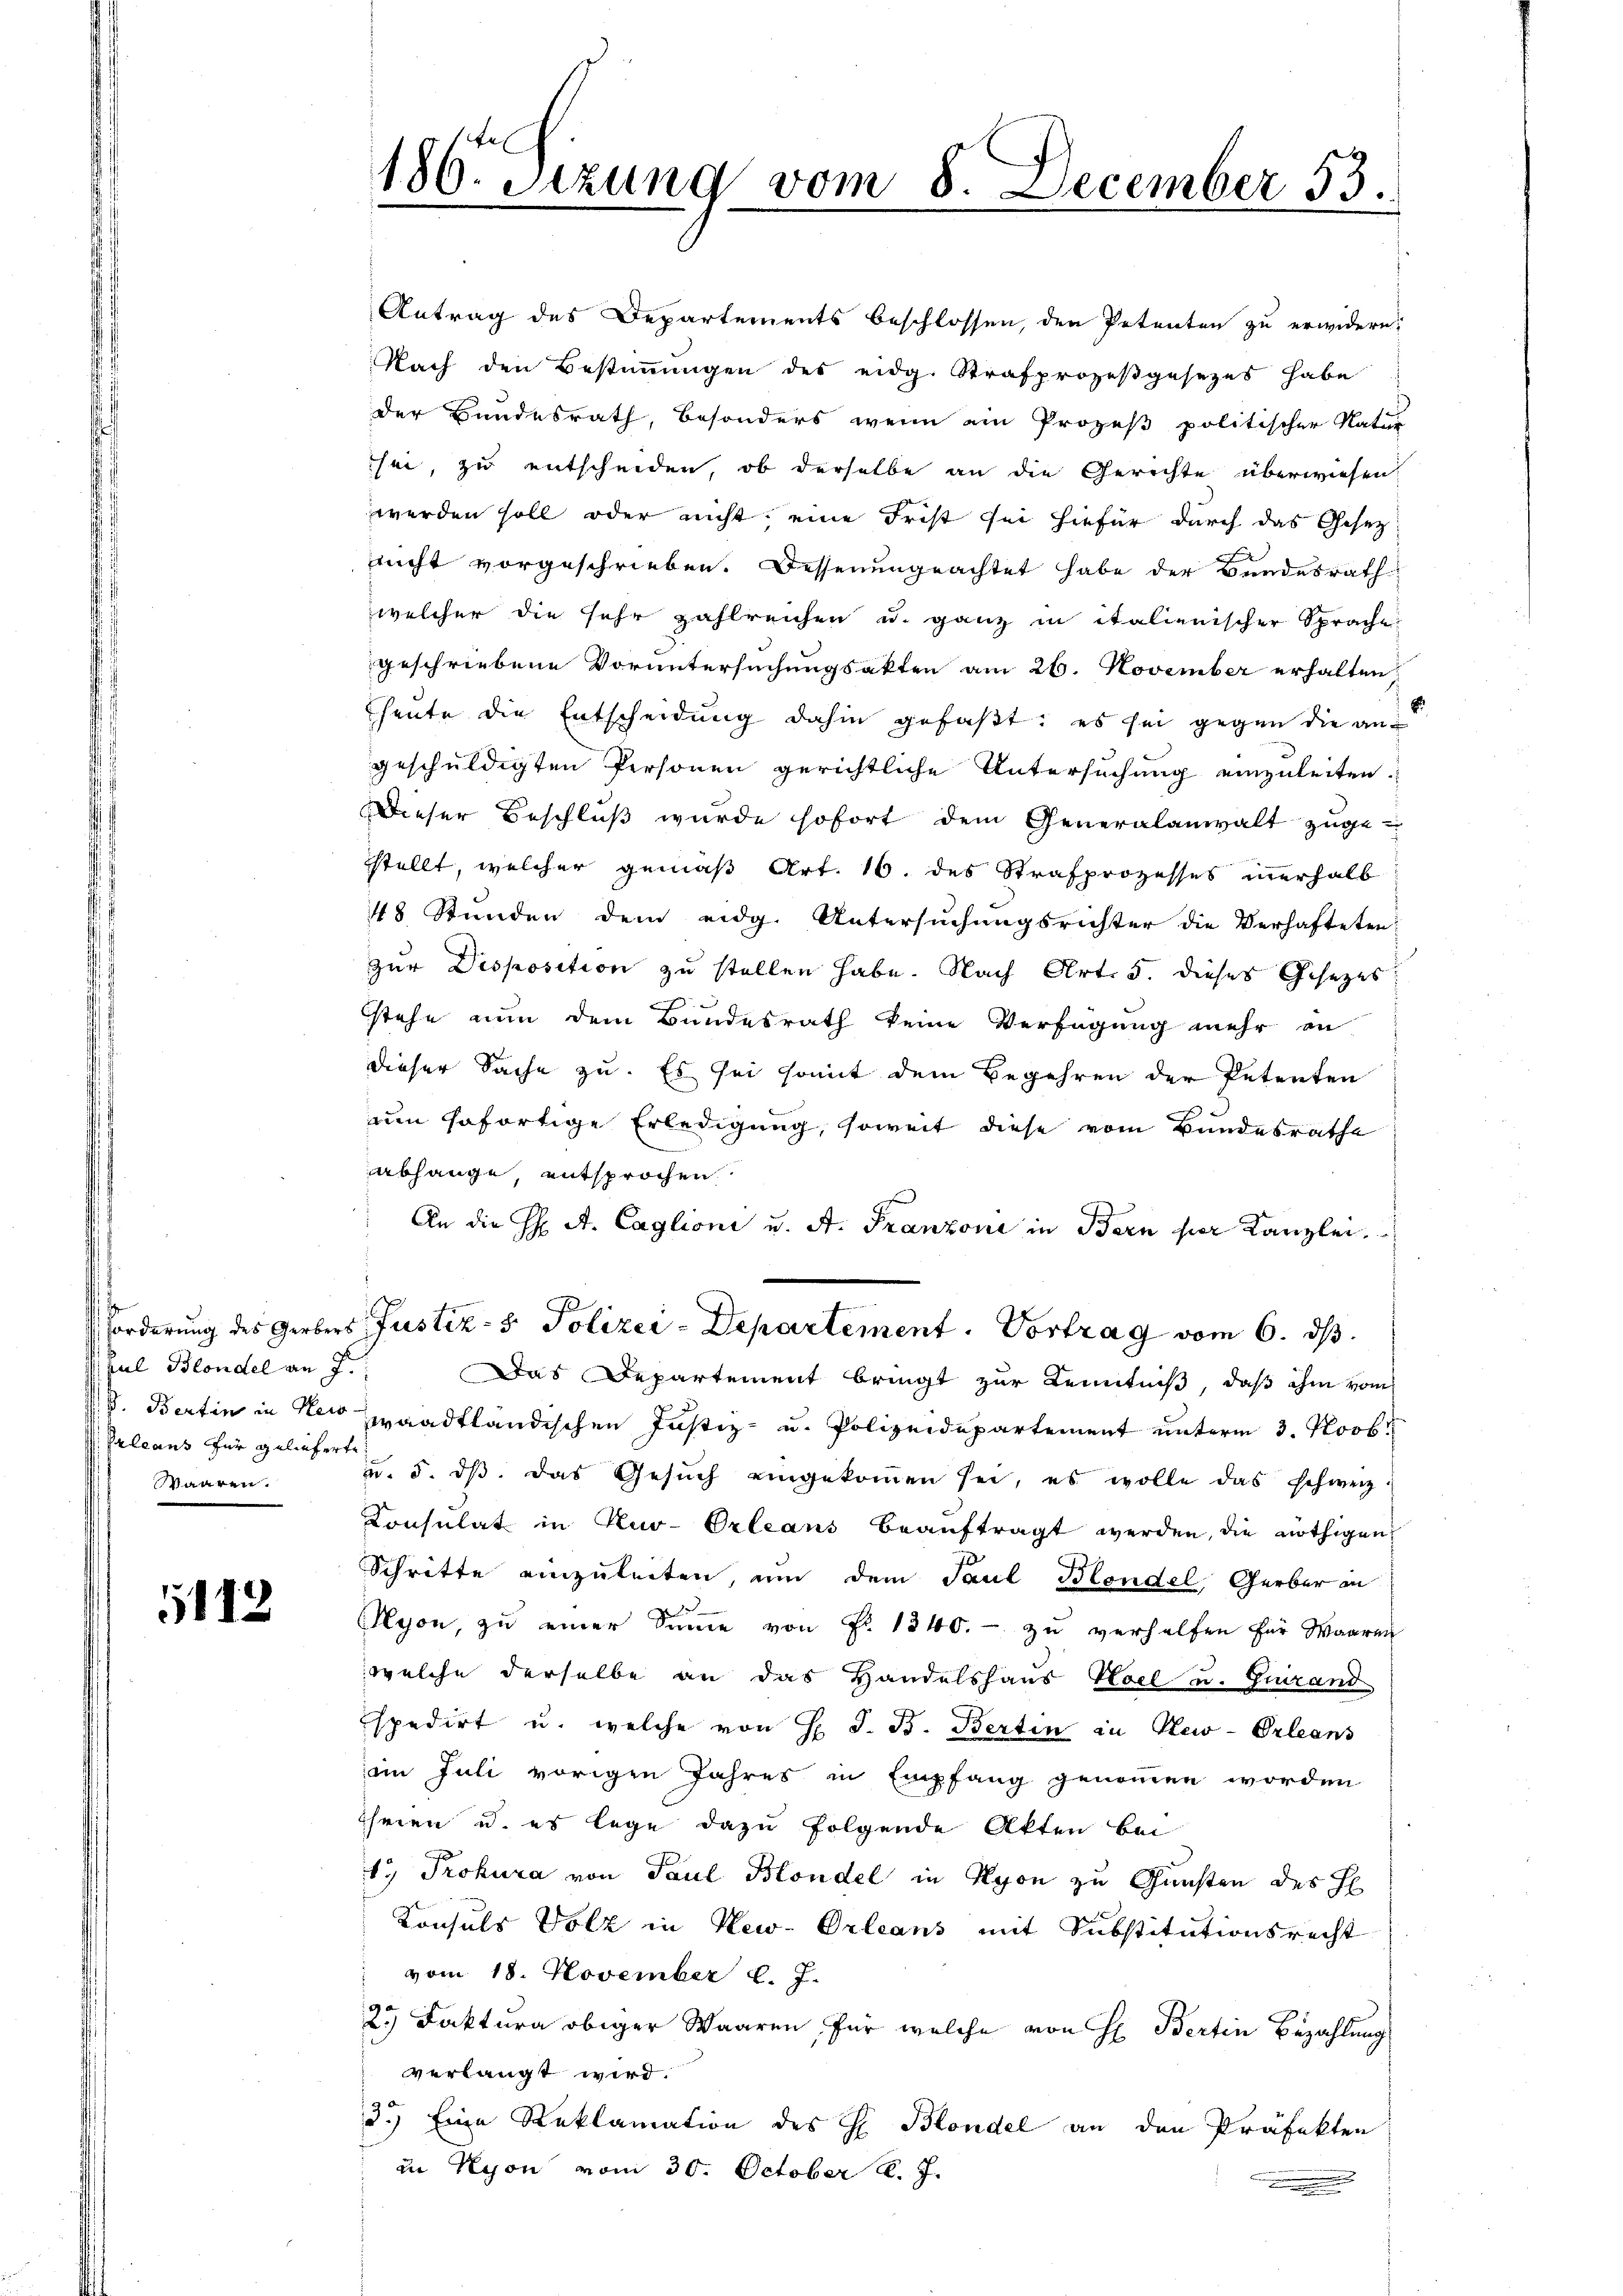
sul Blondel an J.
Crleans für gelieferte,
Waaren.

5112

Antrag des Departements beschlossen, den Petenten zu erwidern,
Nach den Bestimmungen des eidg. Strafprozeßgesezes habe
der Bundesrath, besonders wenn ein Prozeß politischer Natur

186. Sizung vom 8. December 53.

sei, zu entscheiden, ob derselbe an die Gerichte überwiesen.
werden soll oder nicht, eine Frist sei hiefür durch das Gesetz
nicht vorgeschrieben. Dessenungeachtet habe der Bundesrath
welcher die sehr zahlreichen u. ganz in italienischer Sprache
geschriebene Voruntersuchungsakten am 26. November erhalten,
heute die Entscheidung dahin gefaßt: es sei gegen die angeschuldigten Personen gerichtliche Untersuchung einzuleiten.
Dieser Beschluß wurde sofort dem Generalanwalt zuge-
stellt, welcher gemäß Art. 16. des Strafprozesses unerhalb
48 Stunden dem eidg. Untersŭchŭngsrichter die Verhafteten
zur Disposition zu stellen habe. Nach Art. 5. dieses Gesetzes
d
stehe nun dem Bundesrath keine Verfügung mehr an
dieser Sache zu. Es sei somit dem Begehren der Petenten
um sofortige Erledigung, soweit diese vom Bundesrathe
abhange, entsprochen.
An die H: A. Caglioni u. A. Franzone in Bern per Kanzlei.
Forderung des Gerbers Justiz- & Polizei-Departement. Vortrag vom 6. dβ.
Das Departement bringt zur Kenntniß, daß ihm vom
V. Bertin in der waadtländischen Justiz- u. Polizeidepartement unterm 3. Novb.
u. 5. dβ. Das Gesŭch eingekoṁen sei, es wolle das schweiz.
Consulat in Kur-Orleans beaŭftragt werden, die nöthigen
Schritte einzuleiten, um dem Paul Blondel, Gerber in
zu
Hyon, zu einer Sinne von Fr. 1340. zu verhelfen für Waaren
welche derselbe an das Handelshaus Hoel u. Guirand
spedirt u. welche von H S. B. Bertin in New-Orleans
im Juli vorigen Jahres in Empfang genommen worden
heien u. es lege dazu folgende Akten bei
19 Prokura von Paul Blondel in Nyon zu Gunsten des H
Consuls Volz in New-Orleans mit Substitutionsrecht
vom 18. November l. J.
25) Faktura obiger Waaren, für welche von H. Bertin Bezahlung
verlangt wird.
2.) Eine Reklamation des H Blondel an den Präfekten
in Nyon vom 30. October l. J.
n